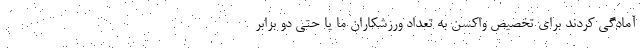
آمادگی کردند برای تخصیص واکسن به تعداد ورزشکاران ما یا حتی دو برابر